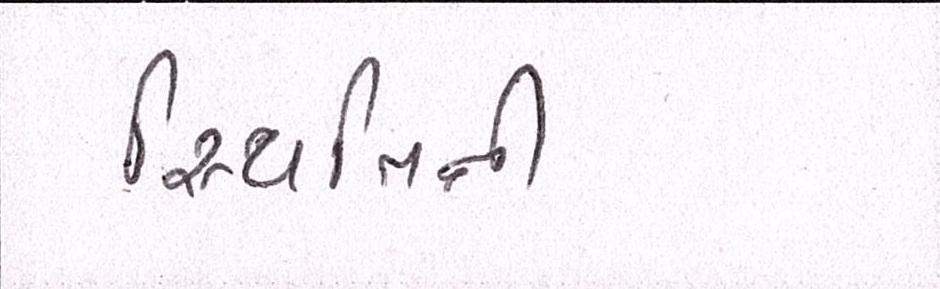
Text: સ્થિતિની